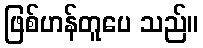
ဖြစ်ဟန်တူပေ သည်။